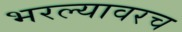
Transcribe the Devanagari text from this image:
भरल्यावरच